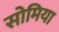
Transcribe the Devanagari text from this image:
सोमिया